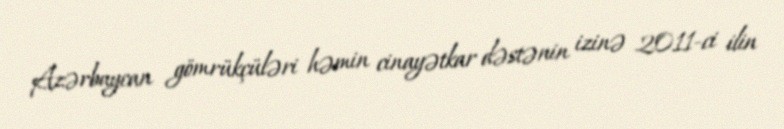
Azərbaycan gömrükçüləri həmin cinayətkar dəstənin izinə 2011-ci ilin